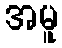
အမူ